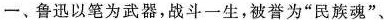
一、鲁迅以笔为武器，战斗一生，被誉为”民族魂”、